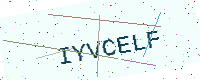
Text: IYVCELF